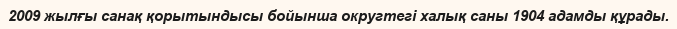
2009 жылғы санақ қорытындысы бойынша округтегі халық саны 1904 адамды құрады.